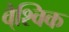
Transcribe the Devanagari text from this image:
वै्श्विक